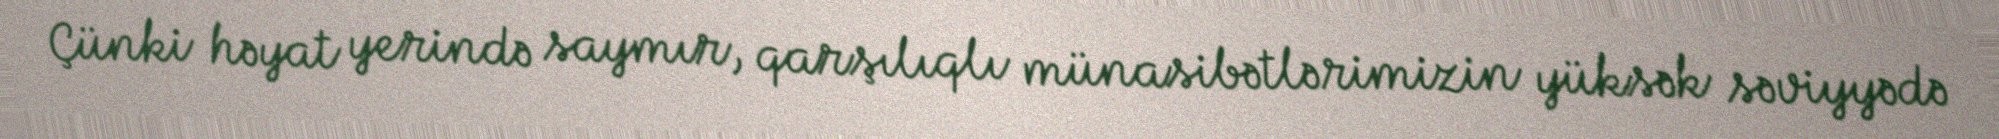
Çünki həyat yerində saymır, qarşılıqlı münasibətlərimizin yüksək səviyyədə